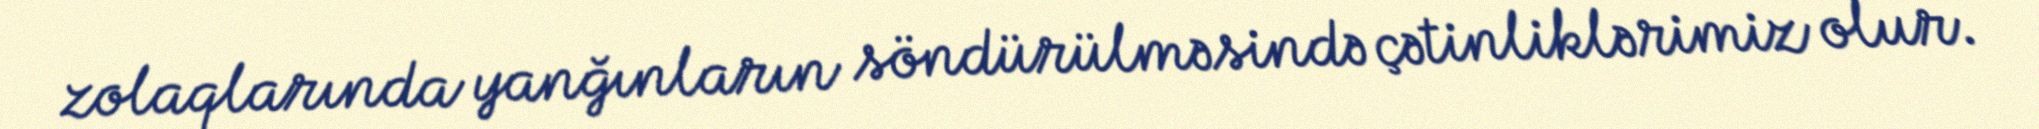
zolaqlarında yanğınların söndürülməsində çətinliklərimiz olur.